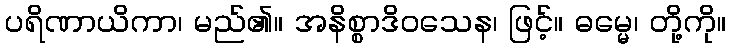
ပရိဏာယိကာ၊ မည်၏။ အနိစ္စာဒိဝသေန၊ ဖြင့်။ ဓမ္မေ၊ တို့ကို။